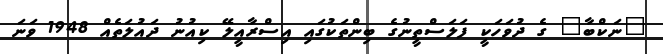
"ނަކްބާ" ގެ ދުވަހަކީ ފަލަސްތީނުގެ ބިންތަކުގައި އިސްރާއީލޭ ކިއުނު ދައުލަތެއް 1948 ވަނަ